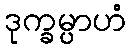
ဒုက္ခမ္ပာဟံ